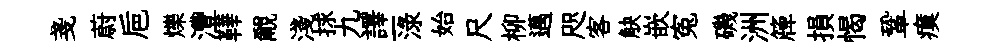
戔蔚巵爍灃鞾覼淺捄九譯一渌始尺柳邁咫客觖嵌寃磯洲簰損愒鞏瘼